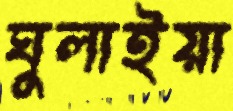
ঘুলাইয়া